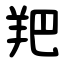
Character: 羓